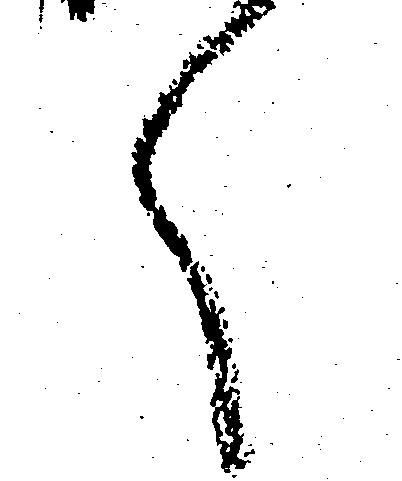
く